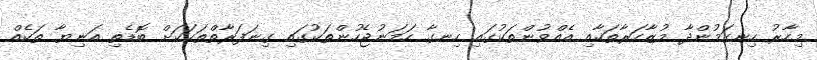
މިހާރު ހިނގަމުންދާ މުޒާހަރާތަކާއި އެއްވުންތަކުގައި ހިނގާ ހަމަނުޖެހުންތަކުގައި ގިނަފަރާތްތަކަކަށް ބޮޑެތި އަނިޔާ ތަކެއް